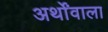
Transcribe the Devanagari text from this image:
अर्थोंवाला